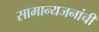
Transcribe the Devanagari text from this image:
सामान्यजनांची